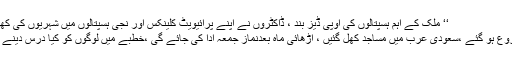
‘‘ ملک کے اہم ہسپتالوں کی اوپی ڈیز بند ، ڈاکٹروں نے اپنے پرائیویٹ کلینکس اور نجی ہسپتالوں میں شہریوں کی کھا ل اتارنا شروع کر دی
حالات معمول پر آنا شروع ہو گئے ،سعودی عرب میں مساجد کھل گئیں ، اڑھائی ماہ بعدنماز جمعہ ادا کی جائے گی ،خطبے میں لوگوں کو کیا درس دینے کی ہدایت کر دی گئی ؟